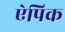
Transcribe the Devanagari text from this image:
ऐपिक